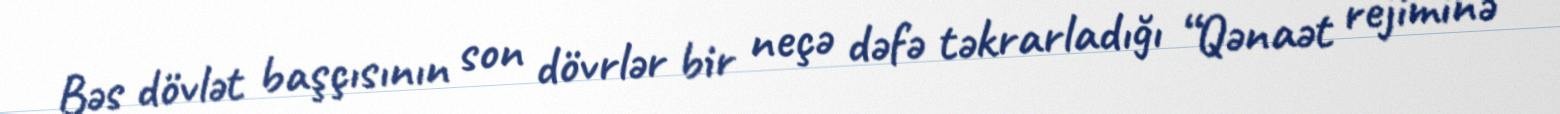
Bəs dövlət başçısının son dövrlər bir neçə dəfə təkrarladığı “Qənaət rejiminə